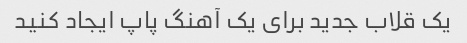
یک قلاب جدید برای یک آهنگ پاپ ایجاد کنید